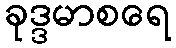
ခုဒ္ဒမာစရေ